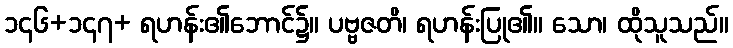
၁၄၆+၁၄၇+ ရဟန်း၏ဘောင်၌။ ပဗ္ဗဇတိ၊ ရဟန်းပြု၏။ သော၊ ထိုသူသည်။